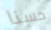
حسنا